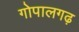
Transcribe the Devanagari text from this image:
गोपालगढ़